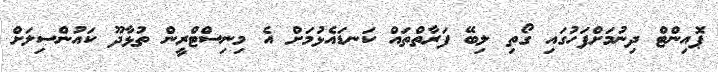
ޕޮއިންޓް ދިނުމަށްފަހުގައި ގޯތި ލިބޭ ފަރާތްތައް ކަނޑައެޅުމަށް އެ މިނިސްޓްރީން ތުޅާދޫ ކައުންސިލަށް